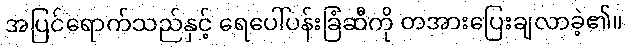
အပြင်ရောက်သည်နှင့် ရေပေါ်ပန်းခြံဆီကို တအားပြေးချလာခဲ့၏။